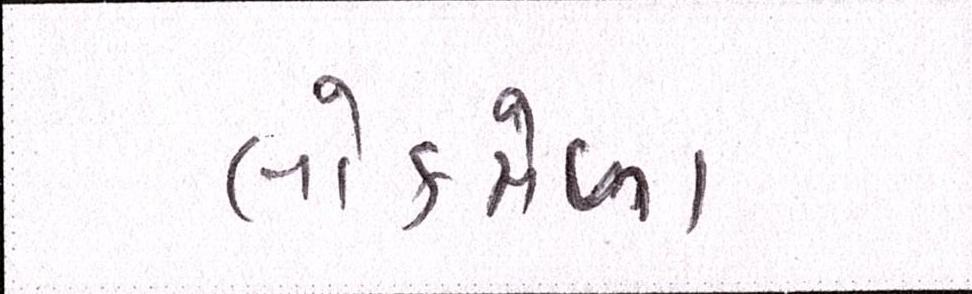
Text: લોકમેળા